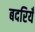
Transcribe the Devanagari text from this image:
बदरियँ